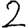
Digit: 2